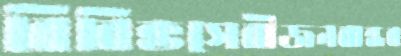
বিবিক্তসেবীজনবান্ধব